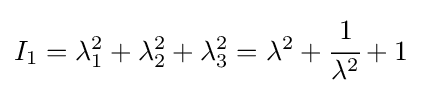
I_{1}=\lambda _{1}^{2}+\lambda _{2}^{2}+\lambda _{3}^{2}=\lambda ^{2}+{\cfrac {1}{\lambda ^{2}}}+1~